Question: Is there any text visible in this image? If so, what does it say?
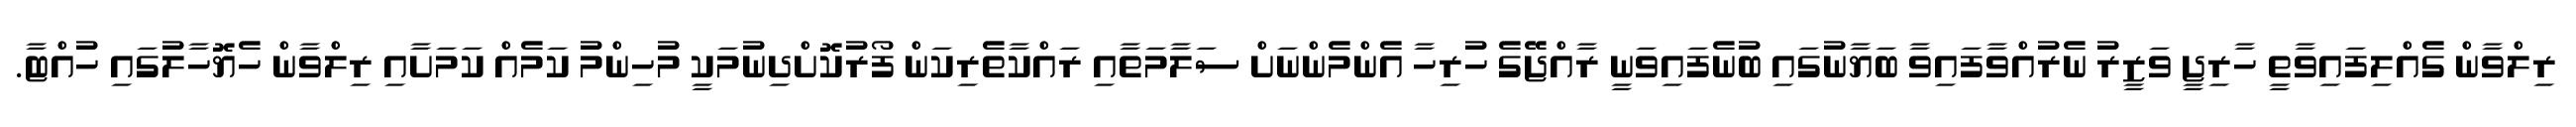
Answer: ރިލްވާން ގެއްލިފައިވާތީ ހާރިޖީ ވަޒީރު ނެރުއްވާފައިވާ ބަޔާނުގައި ބުނެފައިވަނީ ރާއްޖޭގެ ހުރިހާ އެންމެންނަށް ސަލާމަތާއި ރައްކާތެރިކަން ފޯރުކޮށްދިނުމަކީ މުހިންމު ކަމެއް ކަމަށާއި ރިލްވާން ހެޔޮހާލުގައި ހުއްޓާ.